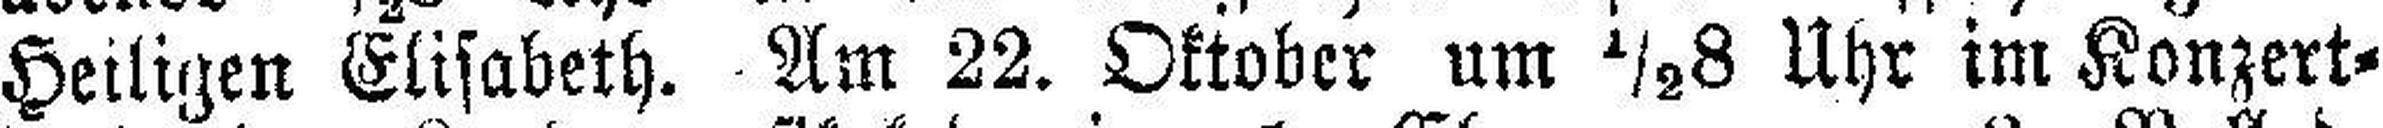
Heiligen Elisabeth. Am 22. Oktober um ½8 Uhr im Konzert¬